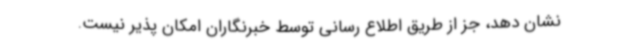
نشان دهد، جز از طریق اطلاع رسانی توسط خبرنگاران امکان پذیر نیست.